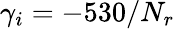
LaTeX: \gamma_{i}=-530/N_{r}